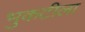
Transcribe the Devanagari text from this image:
भुकटीला